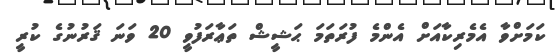
ކަމަށްވާ އެމެރިކާއަށް އެންމެ ފުރަތަމަ ޙަޝީޝް ތަޢާރަފުވީ 20 ވަނަ ޤަރުނުގެ ކުރީ